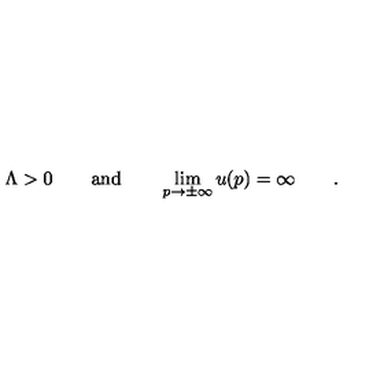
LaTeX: \Lambda > 0 \qquad \mathrm { a n d } \qquad \lim _ { p \to \pm \infty } u ( p ) = \infty \qquad .